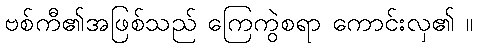
ဗစ်ကီ၏အဖြစ်သည် ကြေကွဲစရာ ကောင်းလှ၏ ။